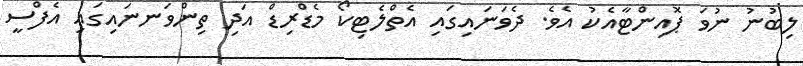
ލިބުނު ނުވަ ޕޮއިންޓާއެކު އެވެ. ދެވަނައިގައި އެތްލެޓިކޯ މެޑްރިޑް އަދި ތިންވަނނައިގައި އެފްސީ